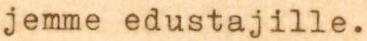
jemme edustajille.